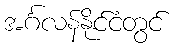
အင်္ဂလန်နိုင်ငံတွင်